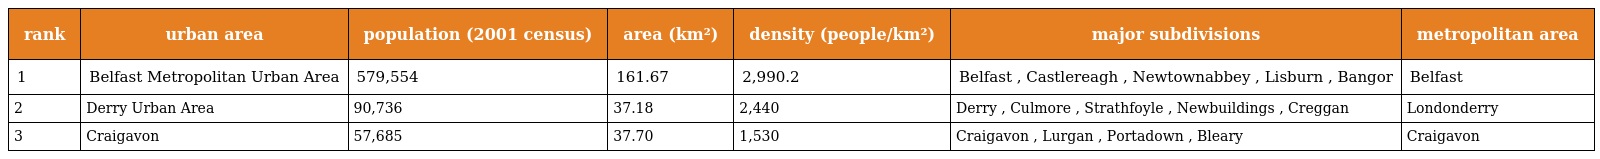
| rank | urban area | population (2001 census) | area (km²) | density (people/km²) | major subdivisions | metropolitan area |
 | --- | --- | --- | --- | --- | --- | --- |
 | 1 | Belfast Metropolitan Urban Area | 579,554 | 161.67 | 2,990.2 | Belfast , Castlereagh , Newtownabbey , Lisburn , Bangor | Belfast |
 | 2 | Derry Urban Area | 90,736 | 37.18 | 2,440 | Derry , Culmore , Strathfoyle , Newbuildings , Creggan | Londonderry |
 | 3 | Craigavon | 57,685 | 37.70 | 1,530 | Craigavon , Lurgan , Portadown , Bleary | Craigavon |